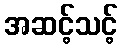
အဆင့်သင့်